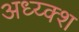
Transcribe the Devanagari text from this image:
अध्य्क्श